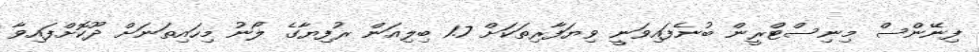
ފިނޭންސް މިނިސްޓްރީން ބުނެފައިވަނީ ވިޔަފާރިތަކަށް 1.7 ބިލިއަން ރުފިޔާގެ ލޯނު މިހައިތަނަށް ދޫކޮށްފައިވާ